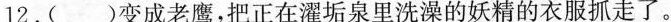
12.( )变成老鹰，把正在濯垢泉里洗澡的妖精的衣服抓走了。